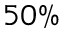
5 0 \%